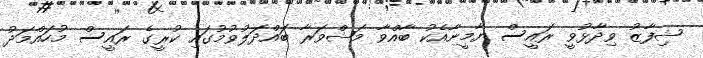
ޝިފާޒު ވިދާޅުވީ ރައީސް ޔާމީނާއެކު ބާއްވާ މަޝްވަރާ ބައްދަލުވުމުގައި ކުރީގެ ރައީސް މުހައްމަދު